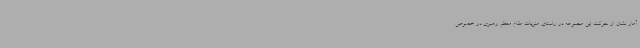
آمار نشان از حرکت این مجموعه در راستای منویات مقام معظم رهبری در خصوص